Report of the Indian Hemp Drugs Commission, 1894-1895 - Volume II
Year: 1894
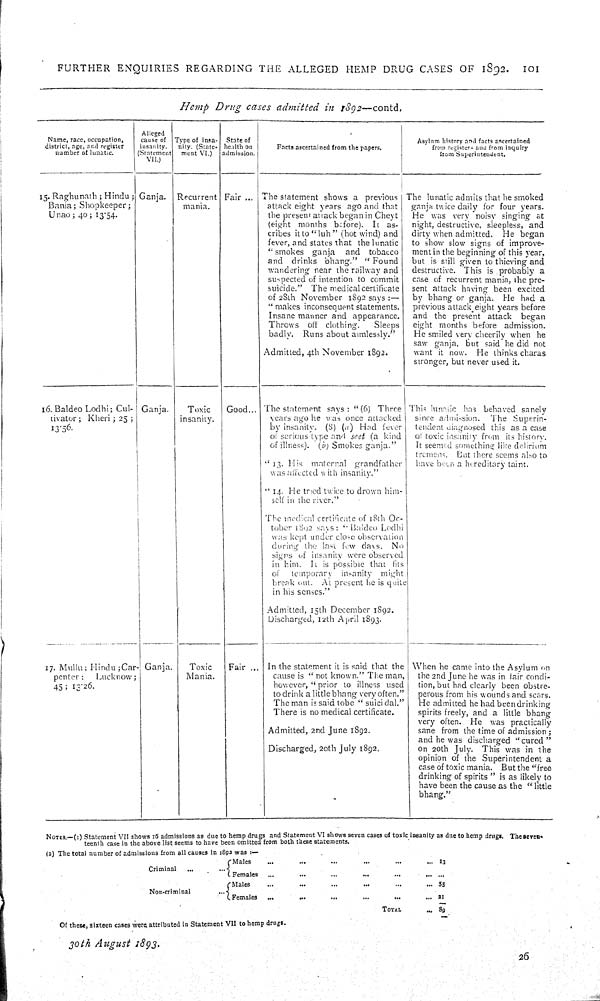
FURTHER
ENQUIRIES
REGARDING
THE
ALLEGED
HEMP
DRUG CASES
OF
1892.
101
Hemp
Drug
cases
admitted
in
1892—contd.
Name, race, occupation,
district, age, and register
number of lunatic.
Alleged
cause of
insanity.
(Statement
VII.)
Type of insa-
nity. (State-
ment VI.)
State of
health on
admission.
Facts ascertained from the papers.
Asylum history and facts ascertained
from registers and from inquiry
from Superintendent.
15. Raghunath; Hindu;
Bania; Shopkeeper;
Unao; 40; 13.54.
Ganja.
Recurrent
mania.
Fair
The statement shows a
previous
attack eight years ago and that
the present attack began in Cheyt
(eight months before).
It as-
cribes it to "luh" (hot wind) and
fever, and states that the lunatic
"smokes
ganja
and
tobacco
and
drinks bhang."
"Found
wandering near the railway and
suspected of intention to commit
suicide."
The medical certificate
of 28th November 1892 says:—
"makes inconsequent statements.
Insane manner and appearance.
Throws
off
clothing.
Sleeps
badly.
Runs about aimlessly."
Admitted, 4th November 1892.
The lunatic admits that he smoked
ganja twice daily for four years.
He was very noisy singing at
night, destructive, sleepless, and
dirty when admitted.
He began
to show slow signs of improve-
ment in the beginning of this year,
but is still given to thieving and
destructive. This is probably a
case of recurrent mania, the pre-
sent attack having been excited
by bhang or ganja.
He had a
previous attack eight years before
and the present attack
began
eight months before
admission.
He smiled very cheerily when he
saw ganja, but said he did not
want it now.
He thinks charas
stronger, but never used it.
16. Baldeo Lodhi; Cul-
tivator; Kheri; 25;
13.56.
Ganja.
Toxic
insanity.
Good
The statement says: "(6)
Three
years ago he was once attacked
by insanity.
(8) (a) Had
fever
of serious type and seet (a kind
of illness). (b) Smokes ganja."
"13.
His
maternal
grandfather
was affected with insanity."
"14. He tried twice to drown him-
self in the river."
The medical certificate of 18th Oc-
tober 1892 says: "Baldeo Lodhi
was kept under close observation
during the last few days.
No
signs of insanity were observed
in him. It is possible that
fits
of
temporary
insanity
might
break out.
At present he is quite
in his senses."
Admitted, 15th December 1892.
Discharged, 12th April 1893.
This lunatic has behaved sanely
since admission.
The Superin-
tendent diagnosed this as a case
of toxic insanity from its history.
It seemed something like delirium
tremens.
But there seems also to
have been a hereditary taint.
17. Mullu; Hindu; Car-
penter;
Lucknow;
45; 13.26.
Ganja.
Toxic
Mania.
Fair
In the statement it is said that the
cause is "not known." The man,
however, "prior to illness used
to drink a little bhang very often."
The man is said to be "suicidal."
There is no medical certificate.
Admitted, 2nd June 1892.
Discharged, 20th July 1892.
When he came into the Asylum on
the 2nd June he was in fair condi-
tion, but had clearly been obstre-
perous from his wounds and scars.
He admitted he had been drinking
spirits freely, and a little bhang
very often.
He
was practically
sane from the time of admission;
and he was discharged "cured"
on 20th July.
This was in the
opinion of the Superintendent a
case of toxic mania.
But the "free
drinking of spirits" is as likely to
have been the cause as the "little
bhang."
NOTES.—(1) Statement VII shows 16 admissions as due to hemp drugs and Statement VI shows seven cases of toxic insanity as due to hemp drugs. The seven-
teenth case in the above list seems to have been omitted from both these statements.
(2) The total number of admissions from all causes in 1892 was:—
Criminal
Males
13
Criminal
Females
Non-criminal
Males
55
Non-criminal
Females
21
TOTAL
89
Of these, sixteen cases were attributed in Statement VII to hemp drugs.
30th
August
1893.
26